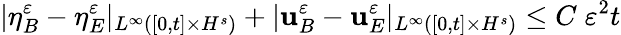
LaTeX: |\eta_{B}^{\varepsilon}-\eta_{E}^{\varepsilon}|_{L^{\infty}([0,t]\times H^{s})}+|\mathbf{u}_{B}^{\varepsilon}-\mathbf{u}_{E}^{\varepsilon}|_{L^{\infty}([0,t]\times H^{s})}\leq C\; \varepsilon^{2}t